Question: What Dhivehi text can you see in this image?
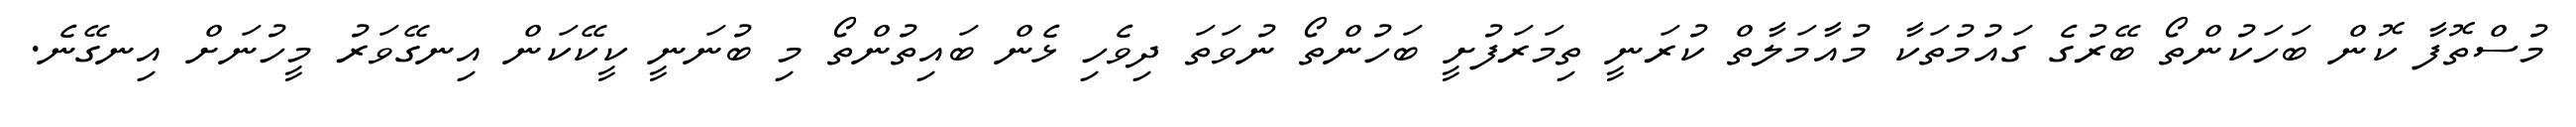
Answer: މުސްތޮފާ ކޮން ބަހަކުންތޯ ބޭރުގެ ގައުމުތަކާ މުއާމަލާތް ކުރަނީ ތިމަރަފުށީ ބަހުންތޯ ނުވަތަ ދިވެހި ޅެން ބައިތުންތޯ މި ބުނަނީ ކީކޭކަން އިނގޭވަރު މީހުނަށް އިނގޭނެ.